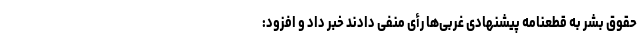
حقوق بشر به قطعنامه پیشنهادی غربی‌ها رأی منفی دادند خبر داد و افزود: